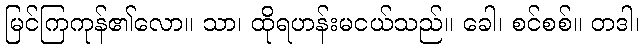
မြင်ကြကုန်၏လော။ သာ၊ ထိုရဟန်းမငယ်သည်။ ခေါ၊ စင်စစ်။ တဒါ၊